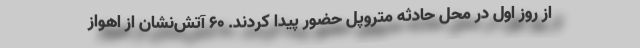
از روز اول در محل حادثه متروپل حضور پیدا کردند. ۶۰ آتش‌نشان از اهواز